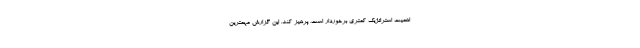
اهمیت استراتژیک کمتری برخوردار است، پرهیز کند. این گزارش مهمترین